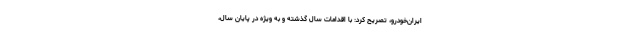
ایران‌خودرو، تصریح کرد: با اقدامات سال گذشته و به ویژه در پایان سال،